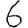
Digit: 6